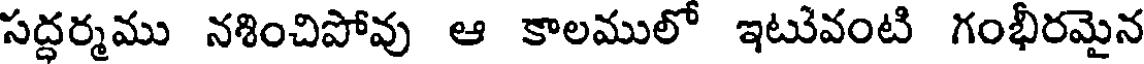
సద్ధర్మము నశించిపోవు ఆ కాలములో ఇటువంటి గంభీరమైన